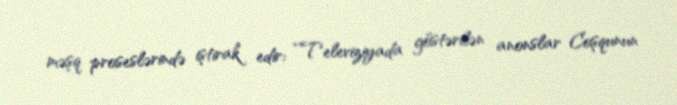
məşq proseslərində iştirak edir: “Televiziyada göstərilən anonslar Coşqunun